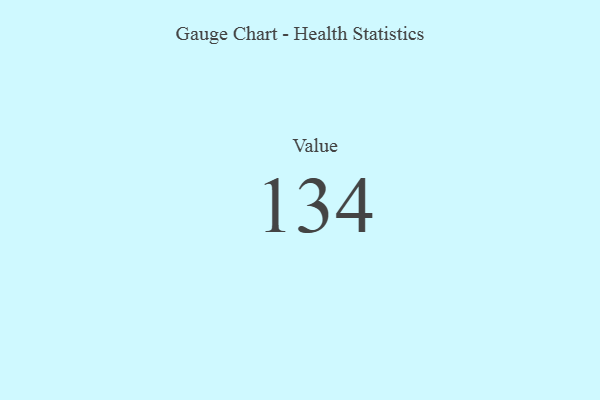
{"axis": {"x": "Metric", "y": "Value"}, "legend": [""], "data": [{"x": "Value", "y": 134, "type": ""}]}